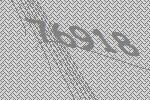
76918